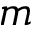
m